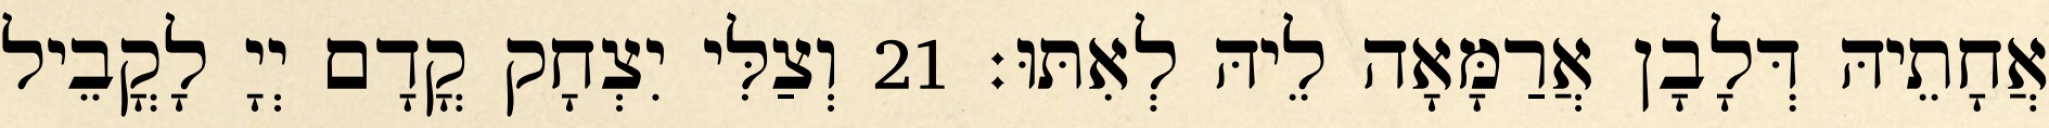
אֲחָתֵיהּ דְּלָבָן אֲרַמָּאָה לֵיהּ לְאִתּוּ׃ 21 וְצַלִּי יִצְחָק קֳדָם יְיָ לָקֳבֵיל